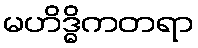
မဟိဒ္ဓိကတရာ